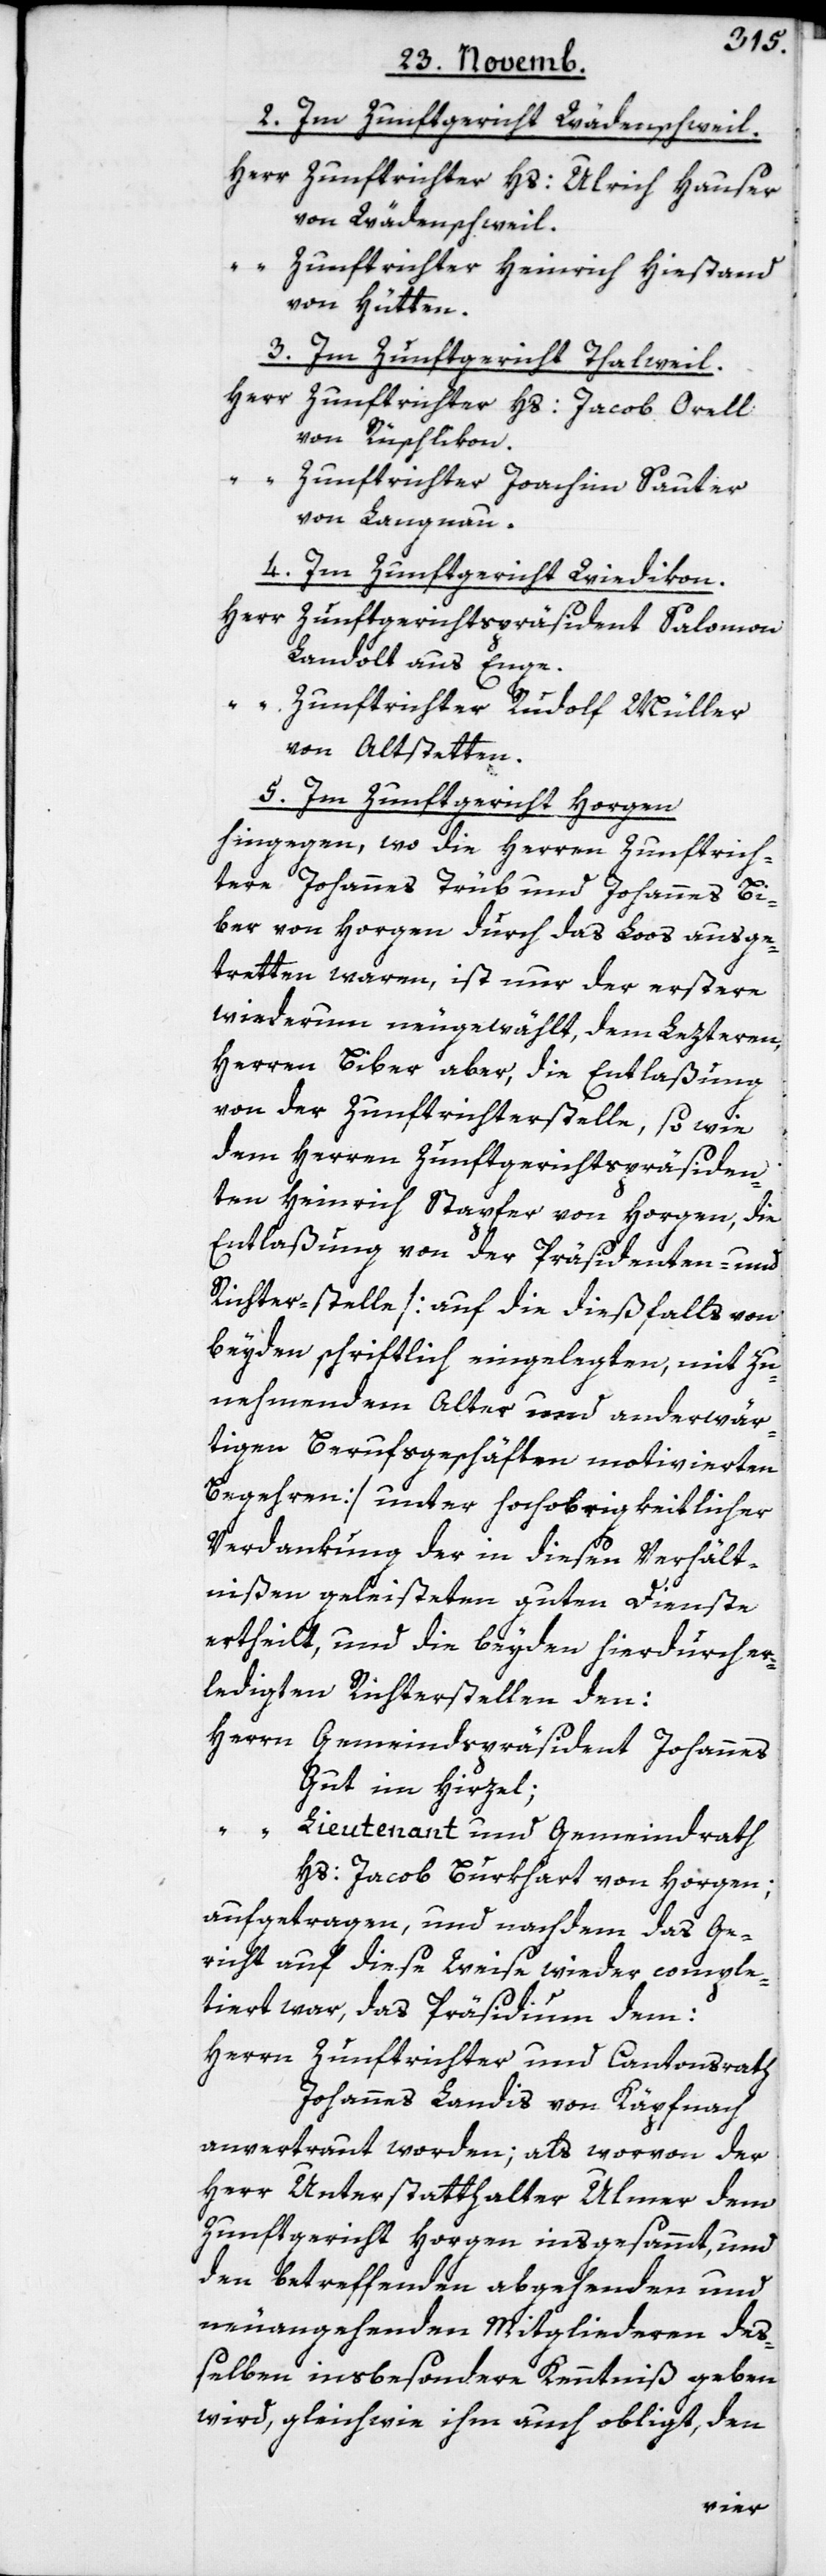
2. Im Zunftgericht Wädenschweil.
Herr Zunftrichter Hs. Ulrich Hauser
von Wädenschweil.
“
Zunftrichter Heinrich Hiestand
von Hütten.
3. Im Zunftgericht Thalweil.
Herr Zunftrichter Hs. Jacob Orell
von Rüschlikon.
Zunftrichter Joachim Sauter
4. Im Zunftgericht Wiedikon.
Herr Zunftgerichtspräsident Salomon
Landolt aus Enge.
“ Zunftrichter Rudolf Müller
von Altstetten.
5. Im Zunftgericht Horgen
hingegen, wo die Herren Zunftrich¬
ter Johannes Trüb und Johannes Bi¬
ber von Horgen durch das Loos ausge¬
tretten waren, ist nur der erstere
wiederum neugewählt, dem Letzteren
Herren Biber aber, die Entlaßung
von der Zunftrichterstelle, so wie
dem Herren Zunftgerichtspräsiden¬
ten Heinrich Stapfer von Horgen, die
Entlaßung von der Präsidenten- und
Richter-stelle [auf die dießfalls von
beyden schriftlich eingelegten, mit zu¬
nehmendem Alter und anderwär¬
tigen Berufsgeschäften motivierten
Begehren] unter hochobrigkeitlicher
Verdankung der in diesen Verhält¬
nißen geleisteten guten Dienste
ertheilt, und die beyden hierdurch er¬
ledigten Richterstellen den:
Herrn Gemeindspräsident Johannes
Gut im Hirzel;
Lieutenant und Gemeindrath
Hs. Jacob Burkhadt von Horgen;
aufgetragen, und nachdem das Ge¬
richt auf diese Weise wieder comple¬
tiert war, das Präsidium dem:
Herrn Zunftrichter und Cantonsrat
Johannes Landis von Käpfnach
anvertraut worden; als worvon der
Herr Unterstatthalter Ulmer dem
Zunftgericht Horgen insgesamt, und
den betreffenden abgehenden und
neu angehenden Mitgliederen de¬
ßelben insbesondere Kenntniß geben
wird, gleichwie ihm auch obligt, den